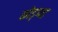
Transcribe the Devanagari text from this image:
कोड़प्पा